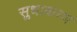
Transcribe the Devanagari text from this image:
सुधाकरण